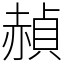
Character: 赬